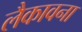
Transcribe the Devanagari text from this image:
लैकावना